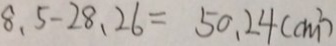
8 . 5 - 2 8 . 2 6 = 5 0 . 2 4 ( c m ^ { 2 } )